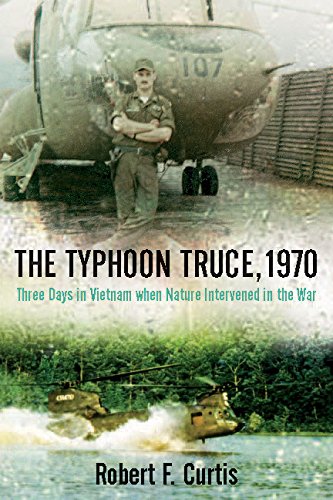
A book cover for The Typhoon Truce, 1970: Three Days in Vietnam when Nature Intervened in the War; Robert Curtis; Science & Math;